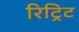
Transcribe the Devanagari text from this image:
रिट्रिट